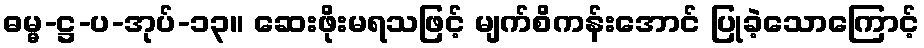
ဓမ္မ-ဋ္ဌ-ပ-အုပ်-၁၃။ ဆေးဖိုးမရသဖြင့် မျက်စိကန်းအောင် ပြုခဲ့သောကြောင့်